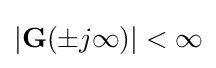
|{\textbf {G}}(\pm j\infty )|<\infty